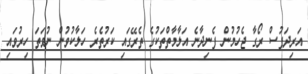
އަރިދަފުސް ރޯގާ ޖެހުމުން ފެނިދާނެ އަލާމާތްތަކުގެ ތެރޭގައި ކަރުތެރެ ހަލާކުވުން ނުވަތަ ހިރުވައި